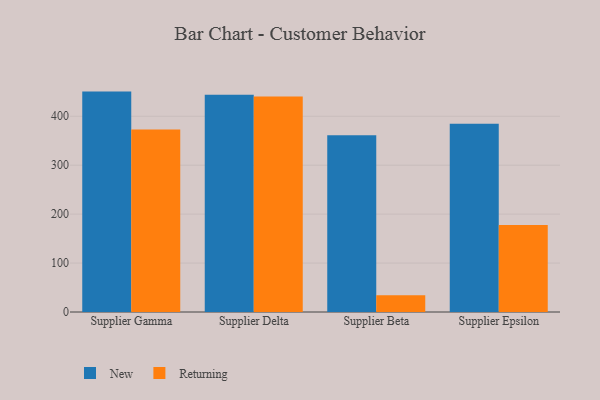
{"axis": {"x": "Supplier", "y": "Net Income (USD K)"}, "legend": ["New", "Returning"], "data": [{"x": "Supplier Gamma", "y": 450.4, "type": "New"}, {"x": "Supplier Gamma", "y": 372.7, "type": "Returning"}, {"x": "Supplier Delta", "y": 444.1, "type": "New"}, {"x": "Supplier Delta", "y": 440.5, "type": "Returning"}, {"x": "Supplier Beta", "y": 361.4, "type": "New"}, {"x": "Supplier Beta", "y": 34.4, "type": "Returning"}, {"x": "Supplier Epsilon", "y": 384.6, "type": "New"}, {"x": "Supplier Epsilon", "y": 177.9, "type": "Returning"}]}